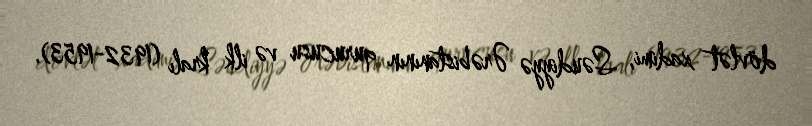
dövlət xadimi, Səudiyyə Ərəbistanının qurucusu və ilk kralı (1932-1953).